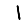
Digit: 1